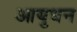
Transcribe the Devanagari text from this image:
आयुधन